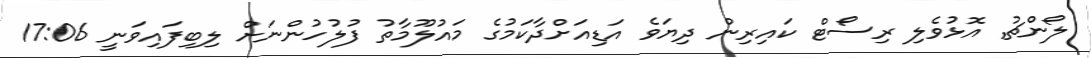
ލޯންޗު